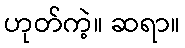
ဟုတ်ကဲ့။ ဆရာ။